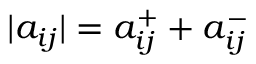
| a _ { i j } | = a _ { i j } ^ { + } + a _ { i j } ^ { - }